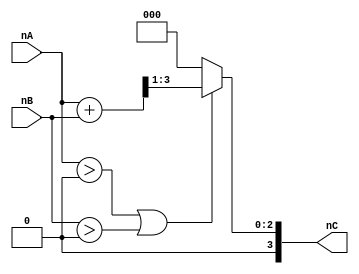
`timescale 1ns / 1ps
//////////////////////////////////////////////////////////////////////////////////
// Company: 
// Engineer: 
// 
// Design Name: 
// Module Name: nC_Selector
// Project Name: 
// Target Devices: 
// Tool Versions: 
// Description: 
// 
// Dependencies: 
// 
// Revision:
// Revision 0.01 - File Created
// Additional Comments:
// 
//////////////////////////////////////////////////////////////////////////////////


module nC_Selector #(parameter nWIDTH= 4)(
input   wire    [nWIDTH-1:0]    nA,
input   wire    [nWIDTH-1:0]    nB,

output   reg    [nWIDTH-1:0]    nC

    );
    
    always@*
        begin
            if (nA>0 | nB>0)
                nC= (nA+nB)>>1;
            else 
                nC= 0;
        end
    
    
    
endmodule